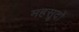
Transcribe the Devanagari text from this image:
महसूदों